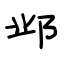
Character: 邺